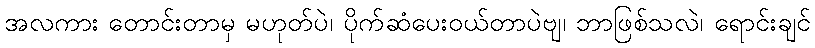
အလကား တောင်းတာမှ မဟုတ်ပဲ၊ ပိုက်ဆံပေးဝယ်တာပဲဗျ၊ ဘာဖြစ်သလဲ၊ ရောင်းချင်